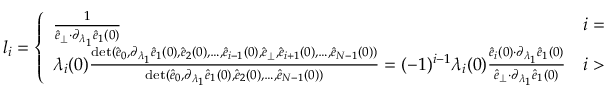
\begin{array} { r } { l _ { i } = \left\{ \begin{array} { l l } { \frac { 1 } { \hat { e } _ { \perp } { \cdot } \partial _ { \lambda _ { 1 } } \hat { e } _ { 1 } ( 0 ) } } & { i = 0 } \\ { \lambda _ { i } ( 0 ) \frac { \operatorname* { d e t } ( \hat { e } _ { 0 } , \partial _ { \lambda _ { 1 } } \hat { e } _ { 1 } ( 0 ) , \hat { e } _ { 2 } ( 0 ) , \dots , \hat { e } _ { i - 1 } ( 0 ) , \hat { e } _ { \perp } , \hat { e } _ { i + 1 } ( 0 ) , \dots , \hat { e } _ { N - 1 } ( 0 ) ) } { \operatorname* { d e t } ( \hat { e } _ { 0 } , \partial _ { \lambda _ { 1 } } \hat { e } _ { 1 } ( 0 ) , \hat { e } _ { 2 } ( 0 ) , \dots , \hat { e } _ { N - 1 } ( 0 ) ) } = ( - 1 ) ^ { i - 1 } \lambda _ { i } ( 0 ) \frac { \hat { e } _ { i } ( 0 ) { \cdot } \partial _ { \lambda _ { 1 } } \hat { e } _ { 1 } ( 0 ) } { \hat { e } _ { \perp } { \cdot } \partial _ { \lambda _ { 1 } } \hat { e } _ { 1 } ( 0 ) } } & { i > 1 } \end{array} \right. \, . } \end{array}